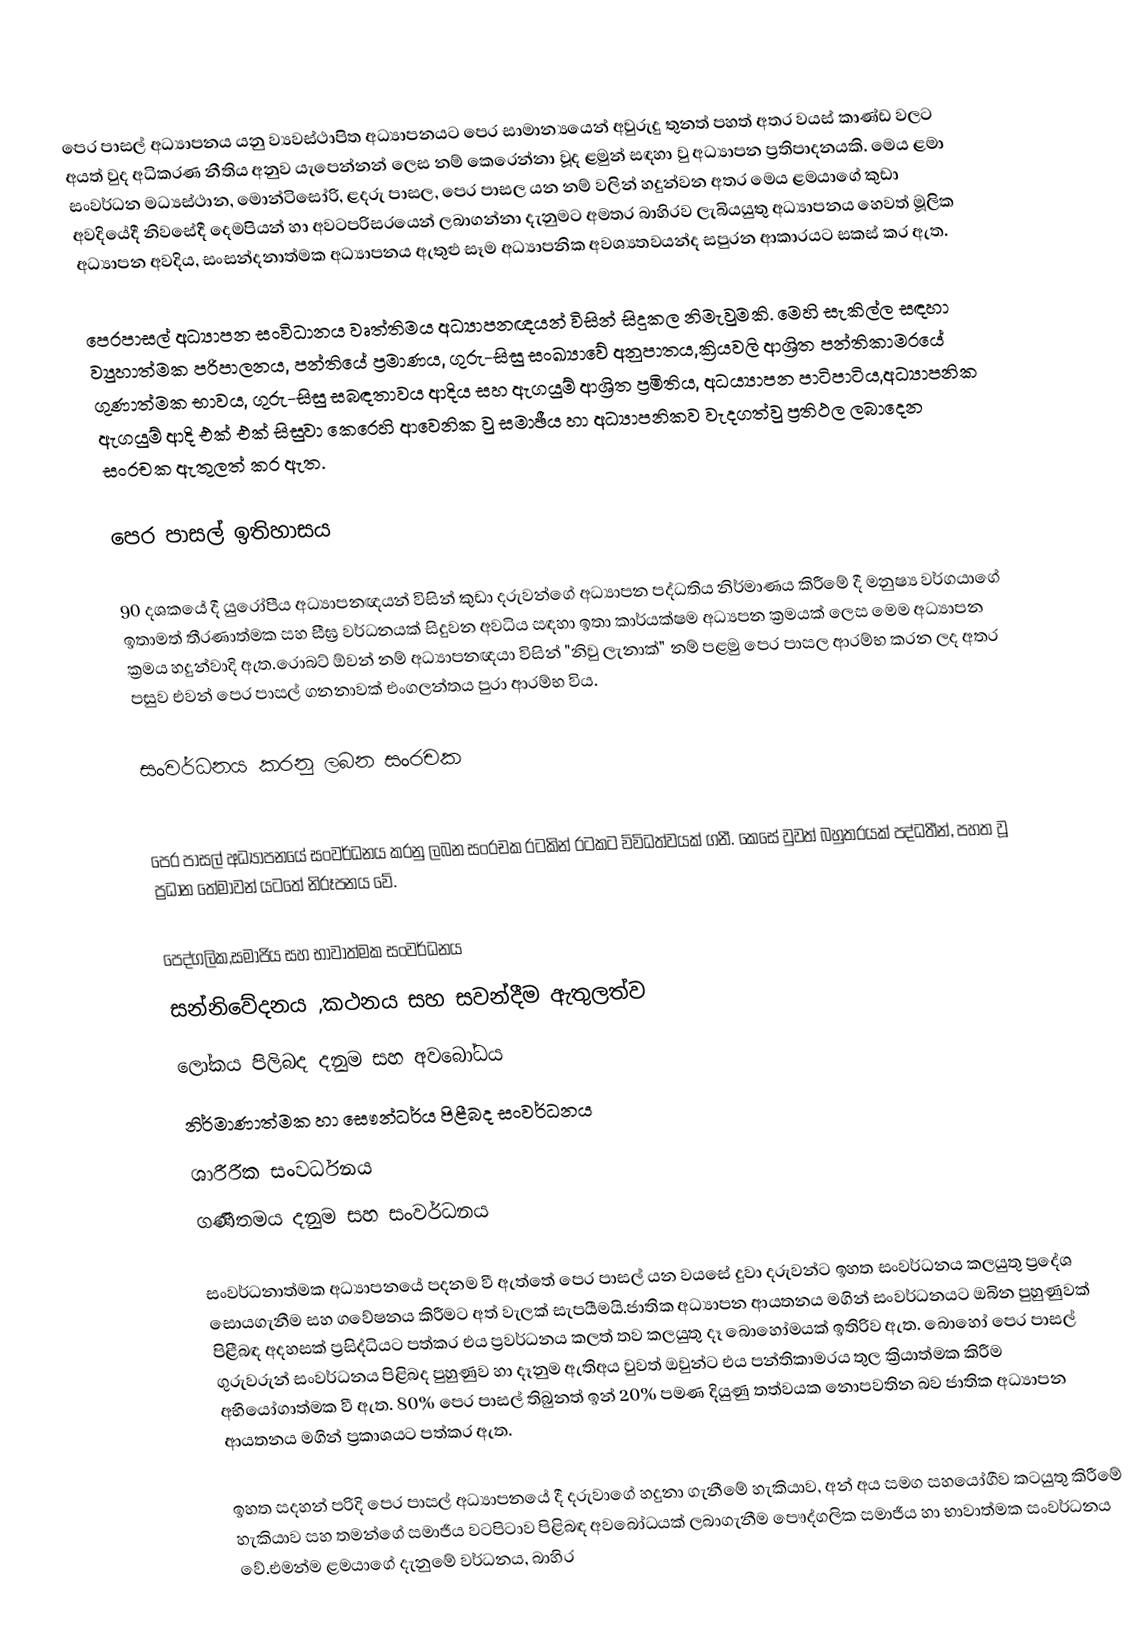
පෙර පාසල් අධ්‍යාපනය යනු ව්‍යවස්ථාපිත අධ්‍යාපනයට පෙර සාමාන්‍යයෙන් අවුරුදු තුනත් පහත් අතර වයස් කාණ්ඩ වලට අයත් වුද අධිකරණ නීතිය අනුව යැපෙන්නන් ලෙස නම් කෙරෙන්නා වූද ළමුන් සඳහා වු අධ්‍යාපන ප්‍රතිපාදනයකි. මෙය ළමා සංවර්ධන මධ්‍යස්ථාන, මොන්ටිසෝරි, ළදරු පාසල, පෙර පාසල යන නම් වලින් හදුන්වන අතර මෙය ළමයාගේ කුඩා අවදියේදී නිවසේදී දෙමපියන් හා අවටපරිසරයෙන් ලබාගන්නා දැනුමට අමතර බාහිරව ලැබියයුතු අධ්‍යාපනය හෙවත් මූලික අධ්‍යාපන අවදිය, සංසන්දනාත්මක අධ්‍යාපනය ඇතුළු සෑම අධ්‍යාපනික අවශ්‍යතවයන්ද සපුරන ආකාරයට සකස් කර ඇත.

පෙරපාසල් අධ්‍යාපන සංවිධානය වෘත්තිමය අධ්‍යාපනඥයන් විසින් සිදුකල නිමැවුමකි. මෙහි සැකිල්ල සඳහා ව්‍යුහාත්මක පරිපාලනය, පන්තියේ ප්‍රමාණය, ගුරු-සිසු සංඛ්‍යාවේ අනුපාතය,ක්‍රියවලි ආශ්‍රිත පන්තිකාමරයේ ගුණාත්මක භාවය, ගුරු-සිසු සබඳතාවය ආදිය සහ ඇගයුම් ආශ්‍රිත ප්‍රමිතිය, අධ‍ය්‍යාපන පාටිපාටිය,අධ්‍යාපනික ඇගයුම් ආදි එක් එක් සිසුවා කෙරෙහි ආවෙනික වු සමාඡීය හා අධ්‍යාපනිකව වැදගත්වු ප්‍රතිථල ලබාදෙන සංරචක ඇතුලත් කර ඇත.

පෙර පාසල් ඉතිහාසය

90 දශකයේ දී යුරෝපීය අධ්‍යාපනඥයන් විසින් කුඩා දරුවන්ගේ අධ්‍යාපන පද්ධතිය නිර්මාණය කිරීමේ  දී මනුෂ්‍ය වර්ගයාගේ ඉතාමත් තීරණාත්මක සහ සීඝ්‍ර වර්ධනයක් සිදුවන අවධිය සඳහා ඉතා කාර්යක්ෂම අධ්‍යපන ක්‍රමයක් ලෙස මෙම අධ්‍යාපන ක්‍රමය හදුන්වාදි ඇත.රොබට් ඕවන් නම් අධ්‍යාපනඥයා විසින් "නිවු ලැනාක්" නම් පළමු පෙර  පාසල ආරම්භ කරන ලද අතර පසුව එවන් පෙර පාසල් ගනනාවක් එංගලන්තය පුරා ආරම්භ විය.

සංවර්ධනය කරනු ලබන සංරචක

පෙර පාසල් අධ්‍යාපනයේ සංවර්ධනය කරනු ලබන සංරචක රටකින් රටකට විවිධත්වයක් ගනී. කෙසේ වුවත් බහුතරයක් පද්ධතීන්, පහත වූ ප්‍රධාන තේමාවන් යටතේ නිරූපනය වේ.

පෙද්ගලික,සමාජිය සහ භාවාත්මක සංවර්ධනය
සන්නිවේදනය ,කථනය සහ සවන්දීම ඇතුලත්ව
ලෝකය පිලිබද දනුම සහ අවබෝධය
නිර්මාණාත්මක හා සෞන්ධර්ය පිළීබද සංවර්ධනය
ශාරීරීක  සංවර්ධනය
ගණීතමය දනුම සහ  සංවර්ධනය

සංවර්ධනාත්මක අධ්‍යාපනයේ පදනම වී ඇත්තේ පෙර පාසල් යන වයසේ දුවා දරුවන්ට ඉහත සංවර්ධනය කලයුතු ප්‍රදේශ සොයගැනීම සහ ගවේෂනය කිරීමට අත් වැලක් සැපයීමයි.ජාතික අධ්‍යාපන ආයතනය මගින් සංවර්ධනයට ඔබින පුහුණුවක් පිළීබඳ අදහසක් ප්‍රසිද්ධියට පත්කර එය ප්‍රවර්ධනය කලත් තව කල‍යුතු දෑ බොහෝමයක් ඉතිරිව ඇත. බොහෝ පෙර පාසල් ගුරුවරුන් සංවර්ධනය පිළිබද පුහුණුව හා දෑනුම ඇතිඅය වුවත් ඔවුන්ට එය පන්තිකාමරය තුල ක්‍රියාත්මක කිරීම අභියෝගාත්මක වී ඇත. 80% පෙර පාසල් තිබුනත් ඉන් 20% පමණ දියුණු තත්වයක නොපවතින බව ජාතික අධ්‍යාපන ආයතනය මගින් ප්‍රකාශයට පත්කර ඇත.

ඉහත සදහන් පරිදි පෙර පාසල් අධ්‍යාපනයේ දී දරුවාගේ හදුනා ගැනීමේ හැකියාව, අන් අය සමග සහයෝගීව කටයුතු කිරීමේ හැකියාව සහ තමන්ගේ සමාජීය වටපිටාව පිළිබඳ අවබෝධයක් ලබාගැනීම පෞද්ගලික සමාජීය හා භාවාත්මක  සංවර්ධනය වේ.එමන්ම ළමයාගේ දැනුමේ වර්ධනය, බාහිර